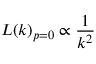
L ( k ) _ { p = 0 } \propto \frac { 1 } { k ^ { 2 } }